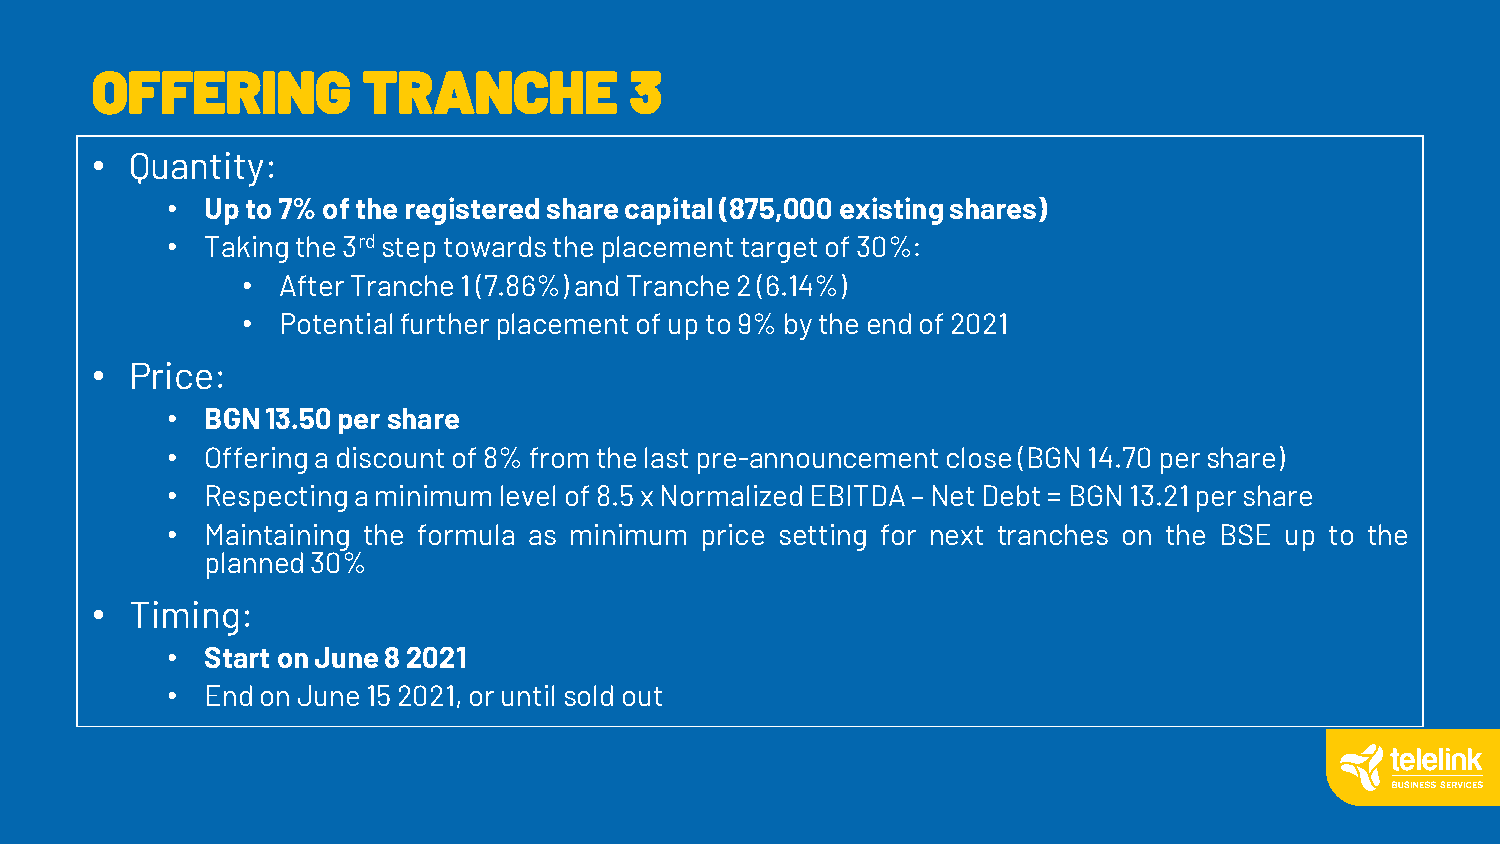
OFFERING          TRANCHE           3
 •  Quantity:
 •  Upto7%oftheregisteredsharecapital(875,000existingshares)
 •  Takingthe3rdsteptowardstheplacementtargetof30%:
 • AfterTranche1(7.86%)andTranche2(6.14%)
 • Potentialfurtherplacementofupto9%bytheendof2021
 •  Price:
 •  BGN13.50pershare
 •  Offeringadiscountof8%fromthelastpre-announcementclose(BGN14.70pershare)
 •  Respectingaminimumlevelof8.5xNormalizedEBITDA–NetDebt=BGN13.21pershare
 •  Maintaining the formula as minimum price setting for next tranches on the BSE up to the
 planned30%
 •  Timing:
 •  StartonJune82021
 •  EndonJune152021,oruntilsoldout